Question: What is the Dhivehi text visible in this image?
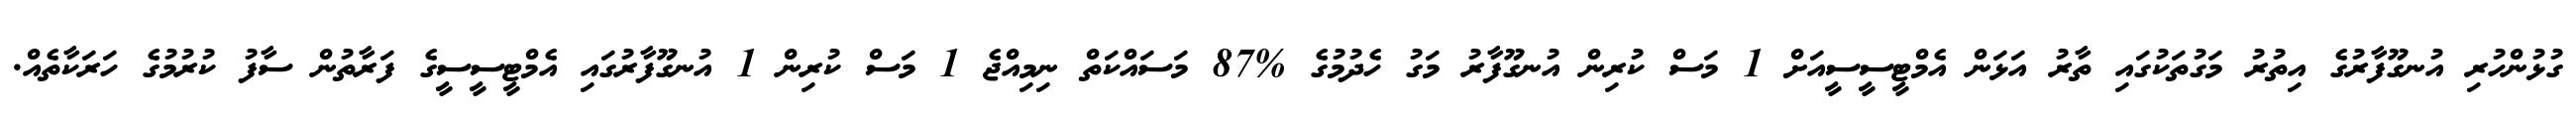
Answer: ގުޅުންހުރި އުނގޫފާރުގެ އިތުރު މަގުތަކުގައި ތާރު އަޅަން އެމްޓީސީސީއަށް 1 މަސް ކުރިން އުނގޫފާރު މަގު ހެދުމުގެ %87 މަސައްކަތް ނިމިއްޖެ 1 މަސް ކުރިން 1 އުނގޫފާރުގައި އެމްޓީސީސީގެ ފަރާތުން ސާފު ކުރުމުގެ ހަރަކާތެއް.